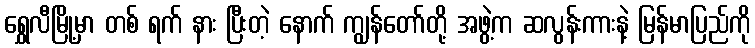
ရွှေလီမြို့မှာ တစ် ရက် နား ပြီးတဲ့ နောက် ကျွန်တော်တို့ အဖွဲ့က ဆလွန်းကားနဲ့ မြန်မာပြည်ကို